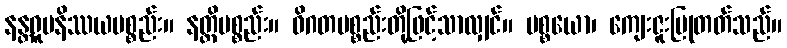
နန္တရူပနိဿယပစ္စည်း။ နတ္ထိပစ္စည်း။ ဝိဂတပစ္စည်းတို့ဖြင့်သာလျှင်။ ပစ္စယော၊ ကျေးဇူးပြုတတ်သည်။